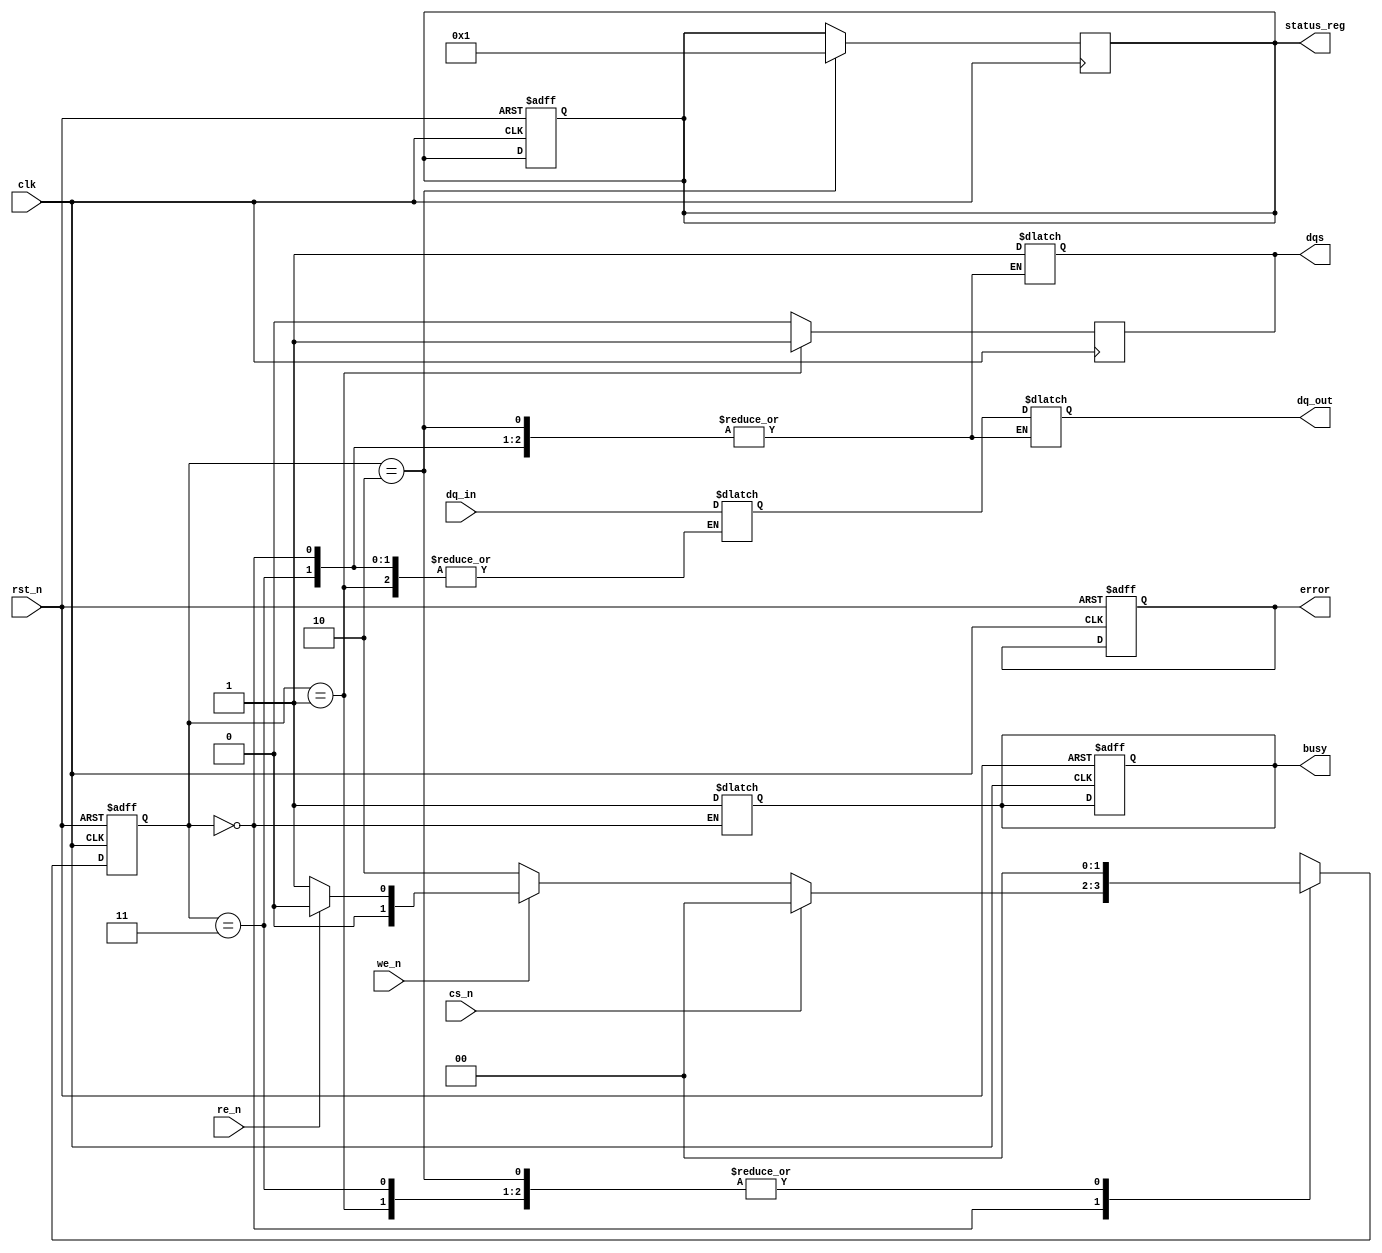
module slc_nand_io (
    input wire clk,               // System clock
    input wire rst_n,             // Active low reset
    input wire cs_n,              // Chip Select (active low)
    input wire we_n,              // Write Enable (active low)
    input wire re_n,              // Read Enable (active low)
    input wire [7:0] dq_in,       // Input Data Bus (D0-D7)
    output reg [7:0] dq_out,      // Output Data Bus (D0-D7)
    output reg dqs,               // Data Strobe
    output reg busy,              // Busy status
    output reg error,             // Error status
    output reg [7:0] status_reg   // Status Register
);

// Internal signals
reg [7:0] data_latch;           // Data latch for holding data
reg [3:0] command;              // Command decoder output
reg [7:0] error_correction;     // Error correction code placeholder

// State definitions
localparam IDLE = 2'b00;
localparam READ = 2'b01;
localparam WRITE = 2'b10;
localparam ERASE = 2'b11;

reg [1:0] state, next_state;

// State machine for operation control
always @(posedge clk or negedge rst_n) begin
    if (!rst_n) begin
        state <= IDLE;
        busy <= 0;
        error <= 0;
        status_reg <= 8'h00;
    end else begin
        state <= next_state;
    end
end

// Next state logic
always @(*) begin
    case (state)
        IDLE: begin
            if (!cs_n) begin
                if (!we_n) next_state = WRITE;
                else if (!re_n) next_state = READ;
                else next_state = IDLE;
            end else begin
                next_state = IDLE;
            end
        end
        WRITE: begin
            busy = 1;
            // Capture data from input bus
            data_latch = dq_in;
            // Assume command processing here
            next_state = IDLE; // Transition back to IDLE after write
        end
        READ: begin
            busy = 1;
            // Output data to data bus
            dq_out = data_latch;
            dqs = 1; // Assert data strobe
            next_state = IDLE; // Transition back to IDLE after read
        end
        ERASE: begin
            busy = 1;
            // Erase logic here
            next_state = IDLE; // Transition back to IDLE after erase
        end
        default: next_state = IDLE;
    endcase
end

// Timing control logic (simplified)
always @(posedge clk) begin
    if (state == READ) begin
        // Timing control for read operation
        dqs <= 1; // Assert DQS during read
    end else begin
        dqs <= 0; // Deassert DQS otherwise
    end
end

// Error detection and correction (simplified)
always @(posedge clk) begin
    if (state == WRITE) begin
        // Placeholder for error correction logic
        // Update status register based on operation outcome
        status_reg <= 8'h01; // Example: success
    end
end

endmodule